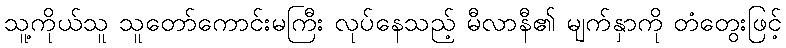
သူ့ကိုယ်သူ သူတော်ကောင်းမကြီး လုပ်နေသည့် မီလာနီ၏ မျက်နှာကို တံတွေးဖြင့်